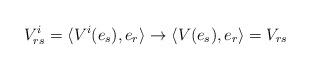
LaTeX: \begin{align*}V^{i}_{rs} = \langle V^{i} (e_s), e_r \rangle \to \langle V (e_s), e_r \rangle = V_{rs}\end{align*}